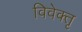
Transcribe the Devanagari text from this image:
विवेक्तृ